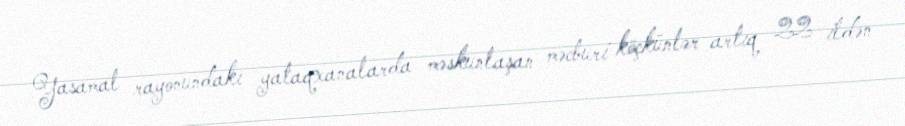
Yasamal rayonundakı yataqxanalarda məskunlaşan məcburi köçkünlər artıq 22 ildən